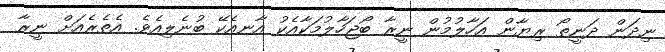
ނިދަން ދަނީތޯ ރިޔާން އަހާލުމުން ނީރާ ބޯޖަހާލުމަކާއެކު އާނއެކޭ ބުނެލިއެވެ. އެތެރެއަށް ނީރާ